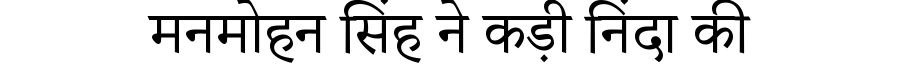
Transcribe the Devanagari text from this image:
मनमोहन सिंह ने कड़ी निंदा की